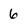
Character: 6